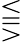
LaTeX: \lesseqqgtr